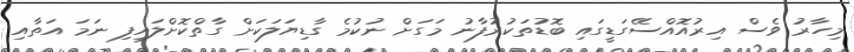
މިހާރު ވެސް އިރުއޮއްސޭގަޑީގައި ބޮޑުތަކުރުފާނު މަގަށް ނުކުމެ ގާޑިޔަލަކަށް ގާތްކޮށްލައިފި ނަމަ އަތާއި